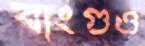
বাংগুও